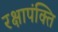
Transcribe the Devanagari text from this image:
रक्षापंक्ति